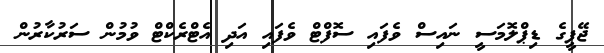
ޖޭޕީގެ ޑިޕްލޮމަސީ ނައިސް ވެފައި ސޮފްޓް ވެފައި އަދި އެޓްރެކްޓް ވުމުން ސަރުކާރުން